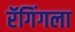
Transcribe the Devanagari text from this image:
रॅगिंगला